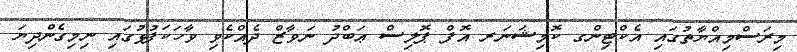
މިރަސްމިއްޔާތުގައި އެކްޓިންގ ކޮމިޝަނަރ އޮފް ޕޮލިސް ޢަބްދު ނަވާޒް ދެއްކެވި ވާހަކަފުޅުގައި ނިމިގެންދިޔަ